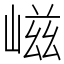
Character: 嵫